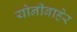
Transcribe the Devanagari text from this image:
योनीबाहेर